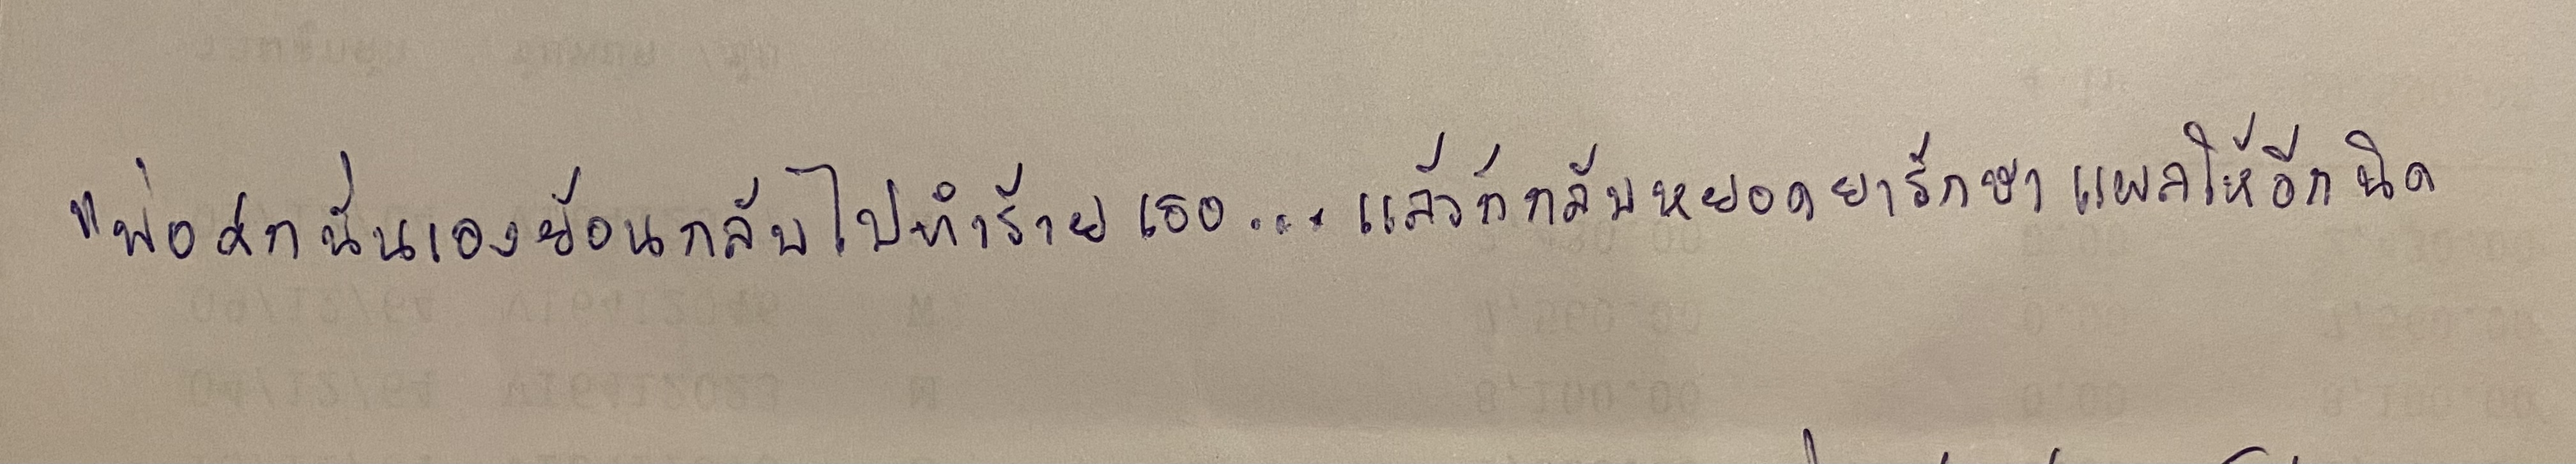
"พ่อศกนั่นเองย้อนกลับไปทำร้ายเธอ...แล้วก็กลับหยอดยารักษาแผลให้อีกนิด